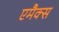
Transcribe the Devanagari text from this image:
एमैक्स